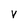
Character: v